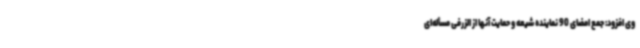
وی افزود: جمع امضای 90 نماینده شیعه و حمایت آنها از الزرفی مسأله‌ای